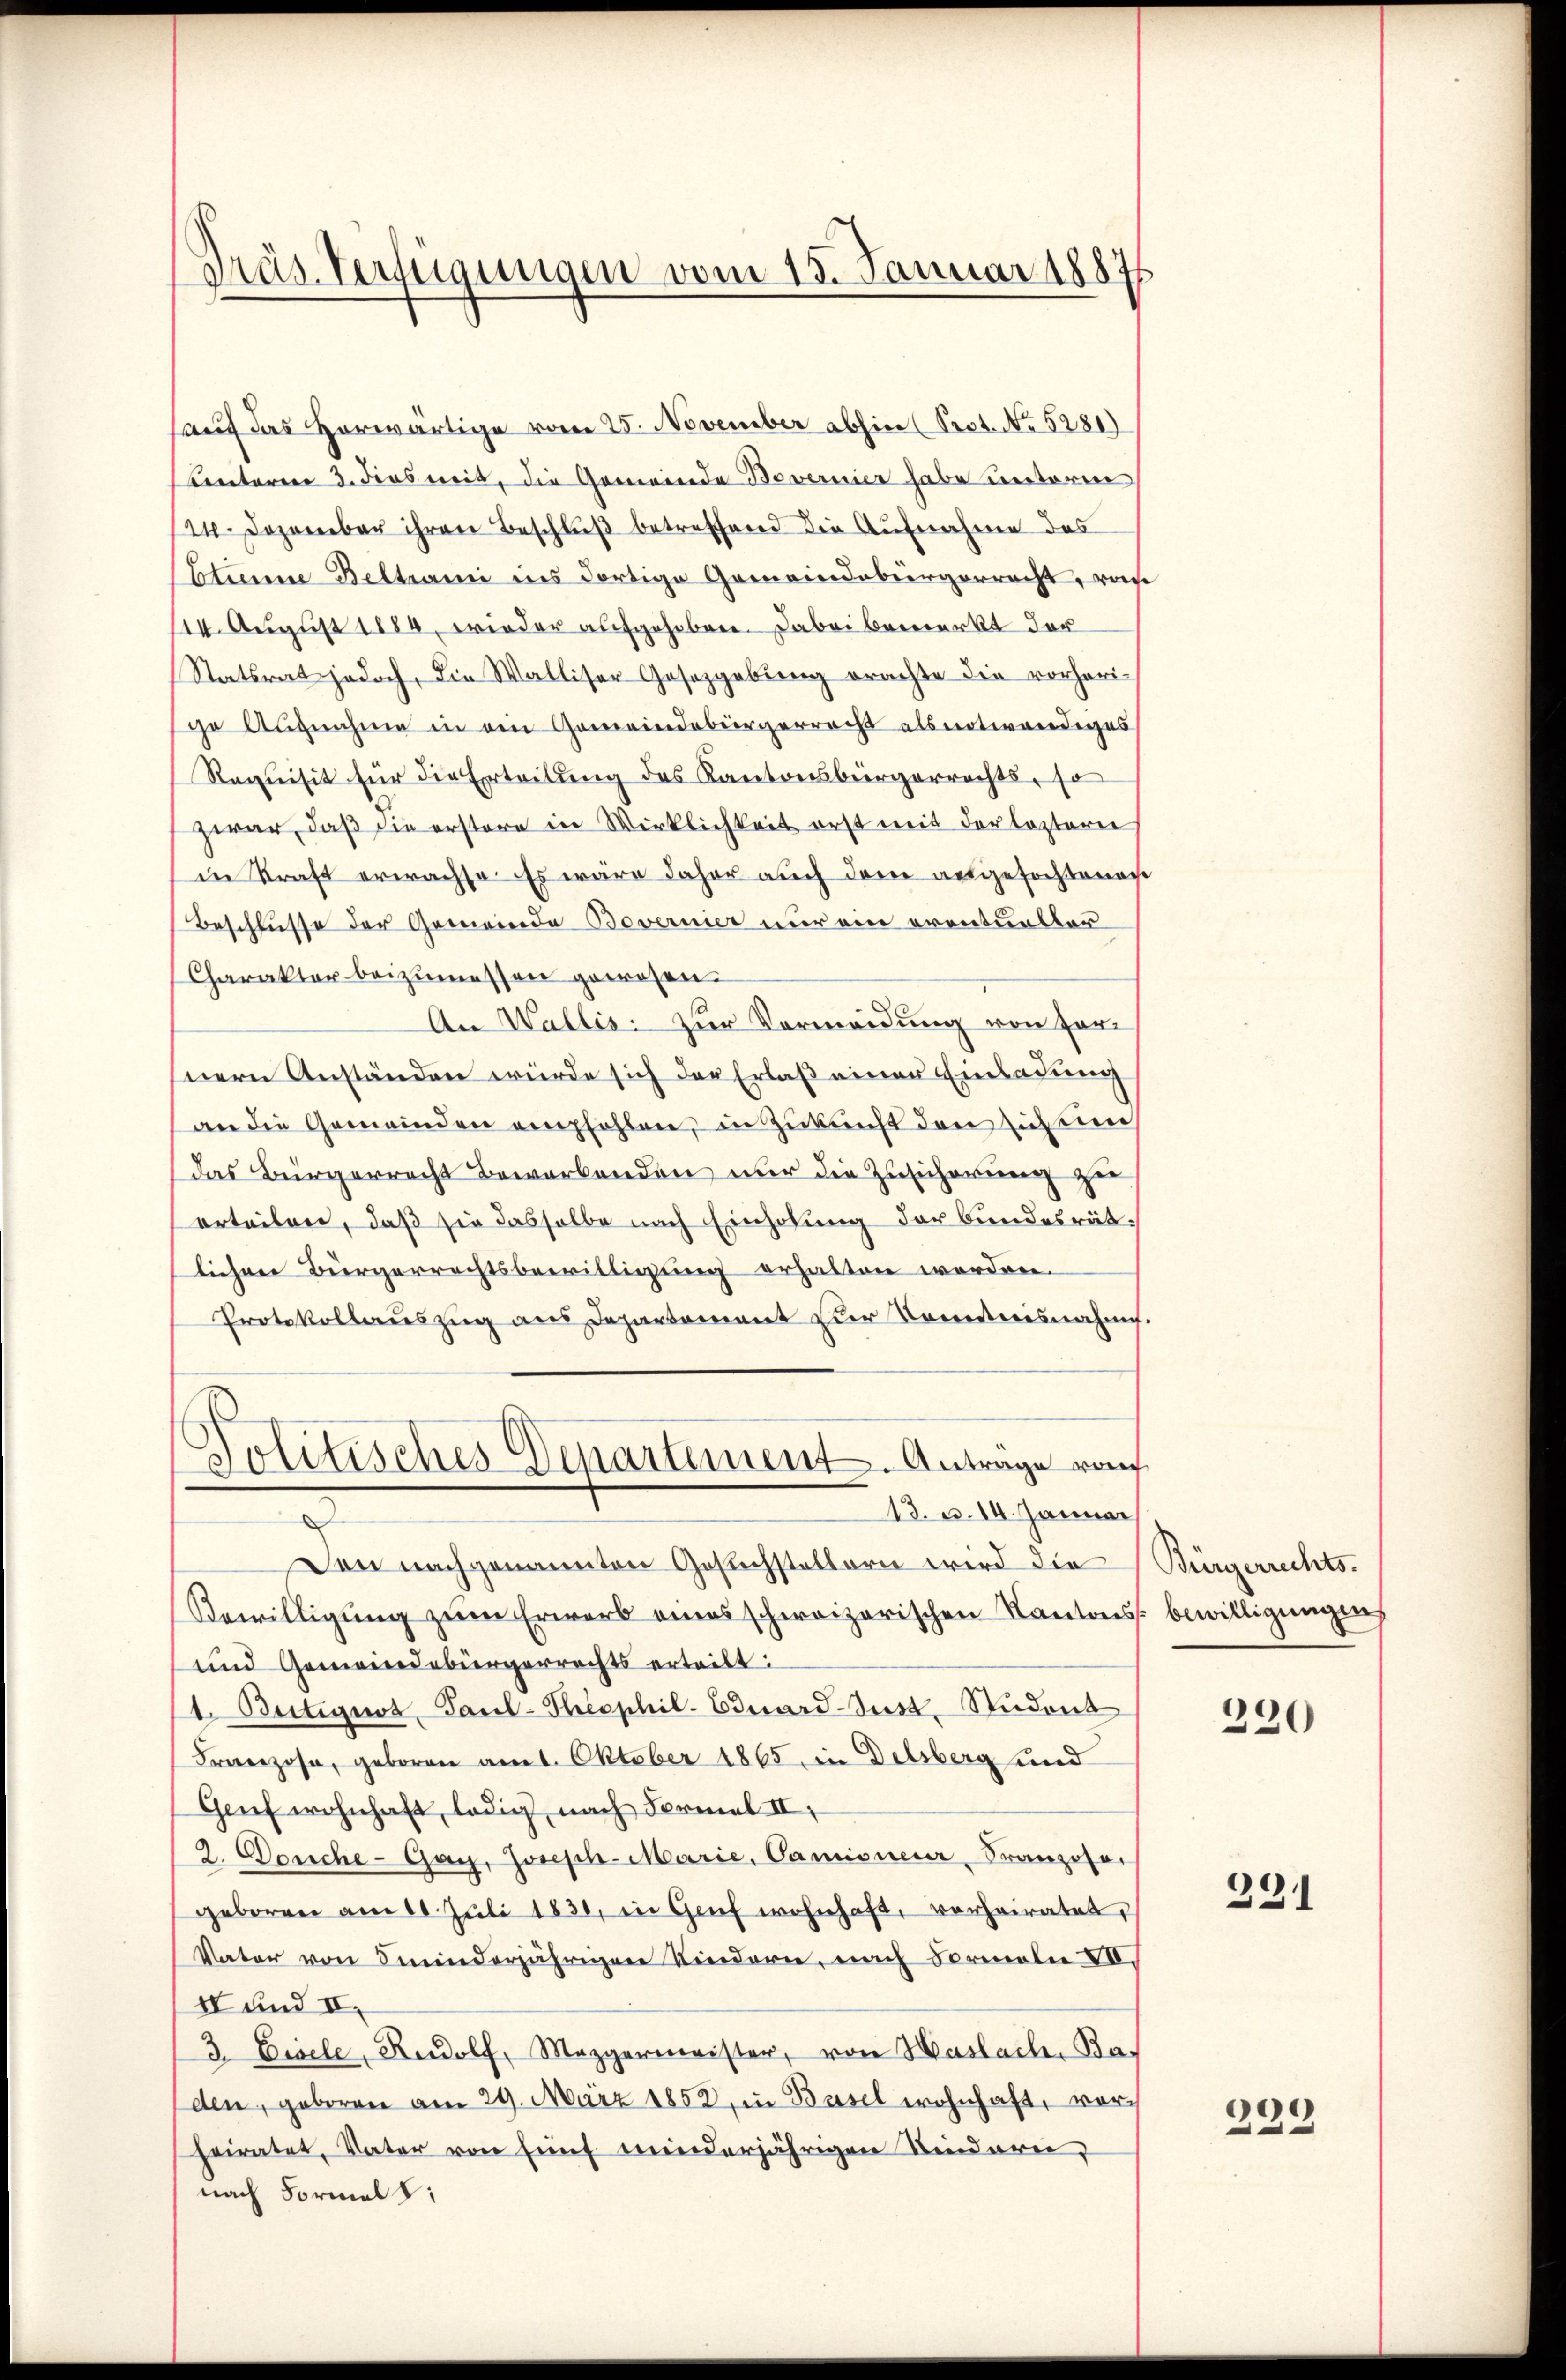
Präs. Verfügungen vom 15. Januar 18875

auf das Horwärtige vom 25. November abhin (Sect. No 5281)
Benteren 3. dies mit, die Gemeinde Bovernier habe unterm
24. Dezember ihren Beschluß betreffend die Aufnahme des
Etinne Beltrami ins dortige Gemeindebürgerracht, von
14. August 1884, wieder aufgehoben. Dabei bemerkt der
Statsrat jedoch, die Walliser Gesetzgebung erachte die vorherige Augnahme in den Gemeindebürgerrecht als notwendiges
Requisit für die Erteilung des Kantonsbürgerrechts, so
zwar, daß sie erstere in Wirklichkeit erst mit der leztern
in Kraft erwachse. Es wäre daher auch dem aufgefochtenach
Beschlusse der Gemeinde Bovernier nur ein eventueller
Charakter beizumessen gewesen.
An Wallis zur Vermeidung von fornern Anständen würde sich der Erlaß einer Einladung
an die Gemeinden empfohlen, in Zukunft den sich ein
das Bürgerrecht Bewerbenden nur die Zusicherung zur
erteilen, daß sie dasselbe nach Einholung der bundesrätlichen Bürgerrechtsbewilligung erhalten worden.
Protokollauszug aus Departement zur Kenntnisnahme
Politisches Venartement. Antrage von
13. u. 14. Januar
Den nachgenannten Gesuchstellern wird die
Bewilligung zum Erwerb eines schweizerischen Kantons
und Gemeindebürgerrechts erteilt:
1. Bütiquos Paul-Thesphil. Eduard-Sust. Student
Franzose, geboren am 1. Oktober 1865 in Delsberg und
Genf wohnhaft, ledig, nach Formel II.
2. Deuche-Gay, Joseph-Marie, Camisner, Franzoser
geboren am 10. Juli 1830, in Genf wohnhaft, vorheiratet,
Vater von Feinderjährigen Kindern, nach Formeln IV.
4 und II.
3. Eisele, Rudolf, Mezgermeister, von Haslach, Ba-
den, geboren am 29. März 1852, in Basel wohnhaft, vorheiratet, Vater von Einf. minderjährigen Kindern,
nach Formal z

Bürgerrechts.
bewilligungen

220

221

229